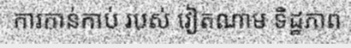
ការកាន់កាប់ របស់ វៀតណាម ទិដ្ឋភាព